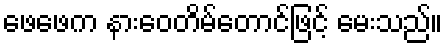
ဖေဖေက နားဝေတိမ်တောင်ဖြင့် မေးသည်။